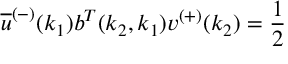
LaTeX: \overline { { { u } } } ^ { ( - ) } ( k _ { 1 } ) b ^ { T } ( k _ { 2 } , k _ { 1 } ) v ^ { ( + ) } ( k _ { 2 } ) = \frac { 1 } { 2 }